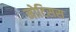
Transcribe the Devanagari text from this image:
मोटिसस